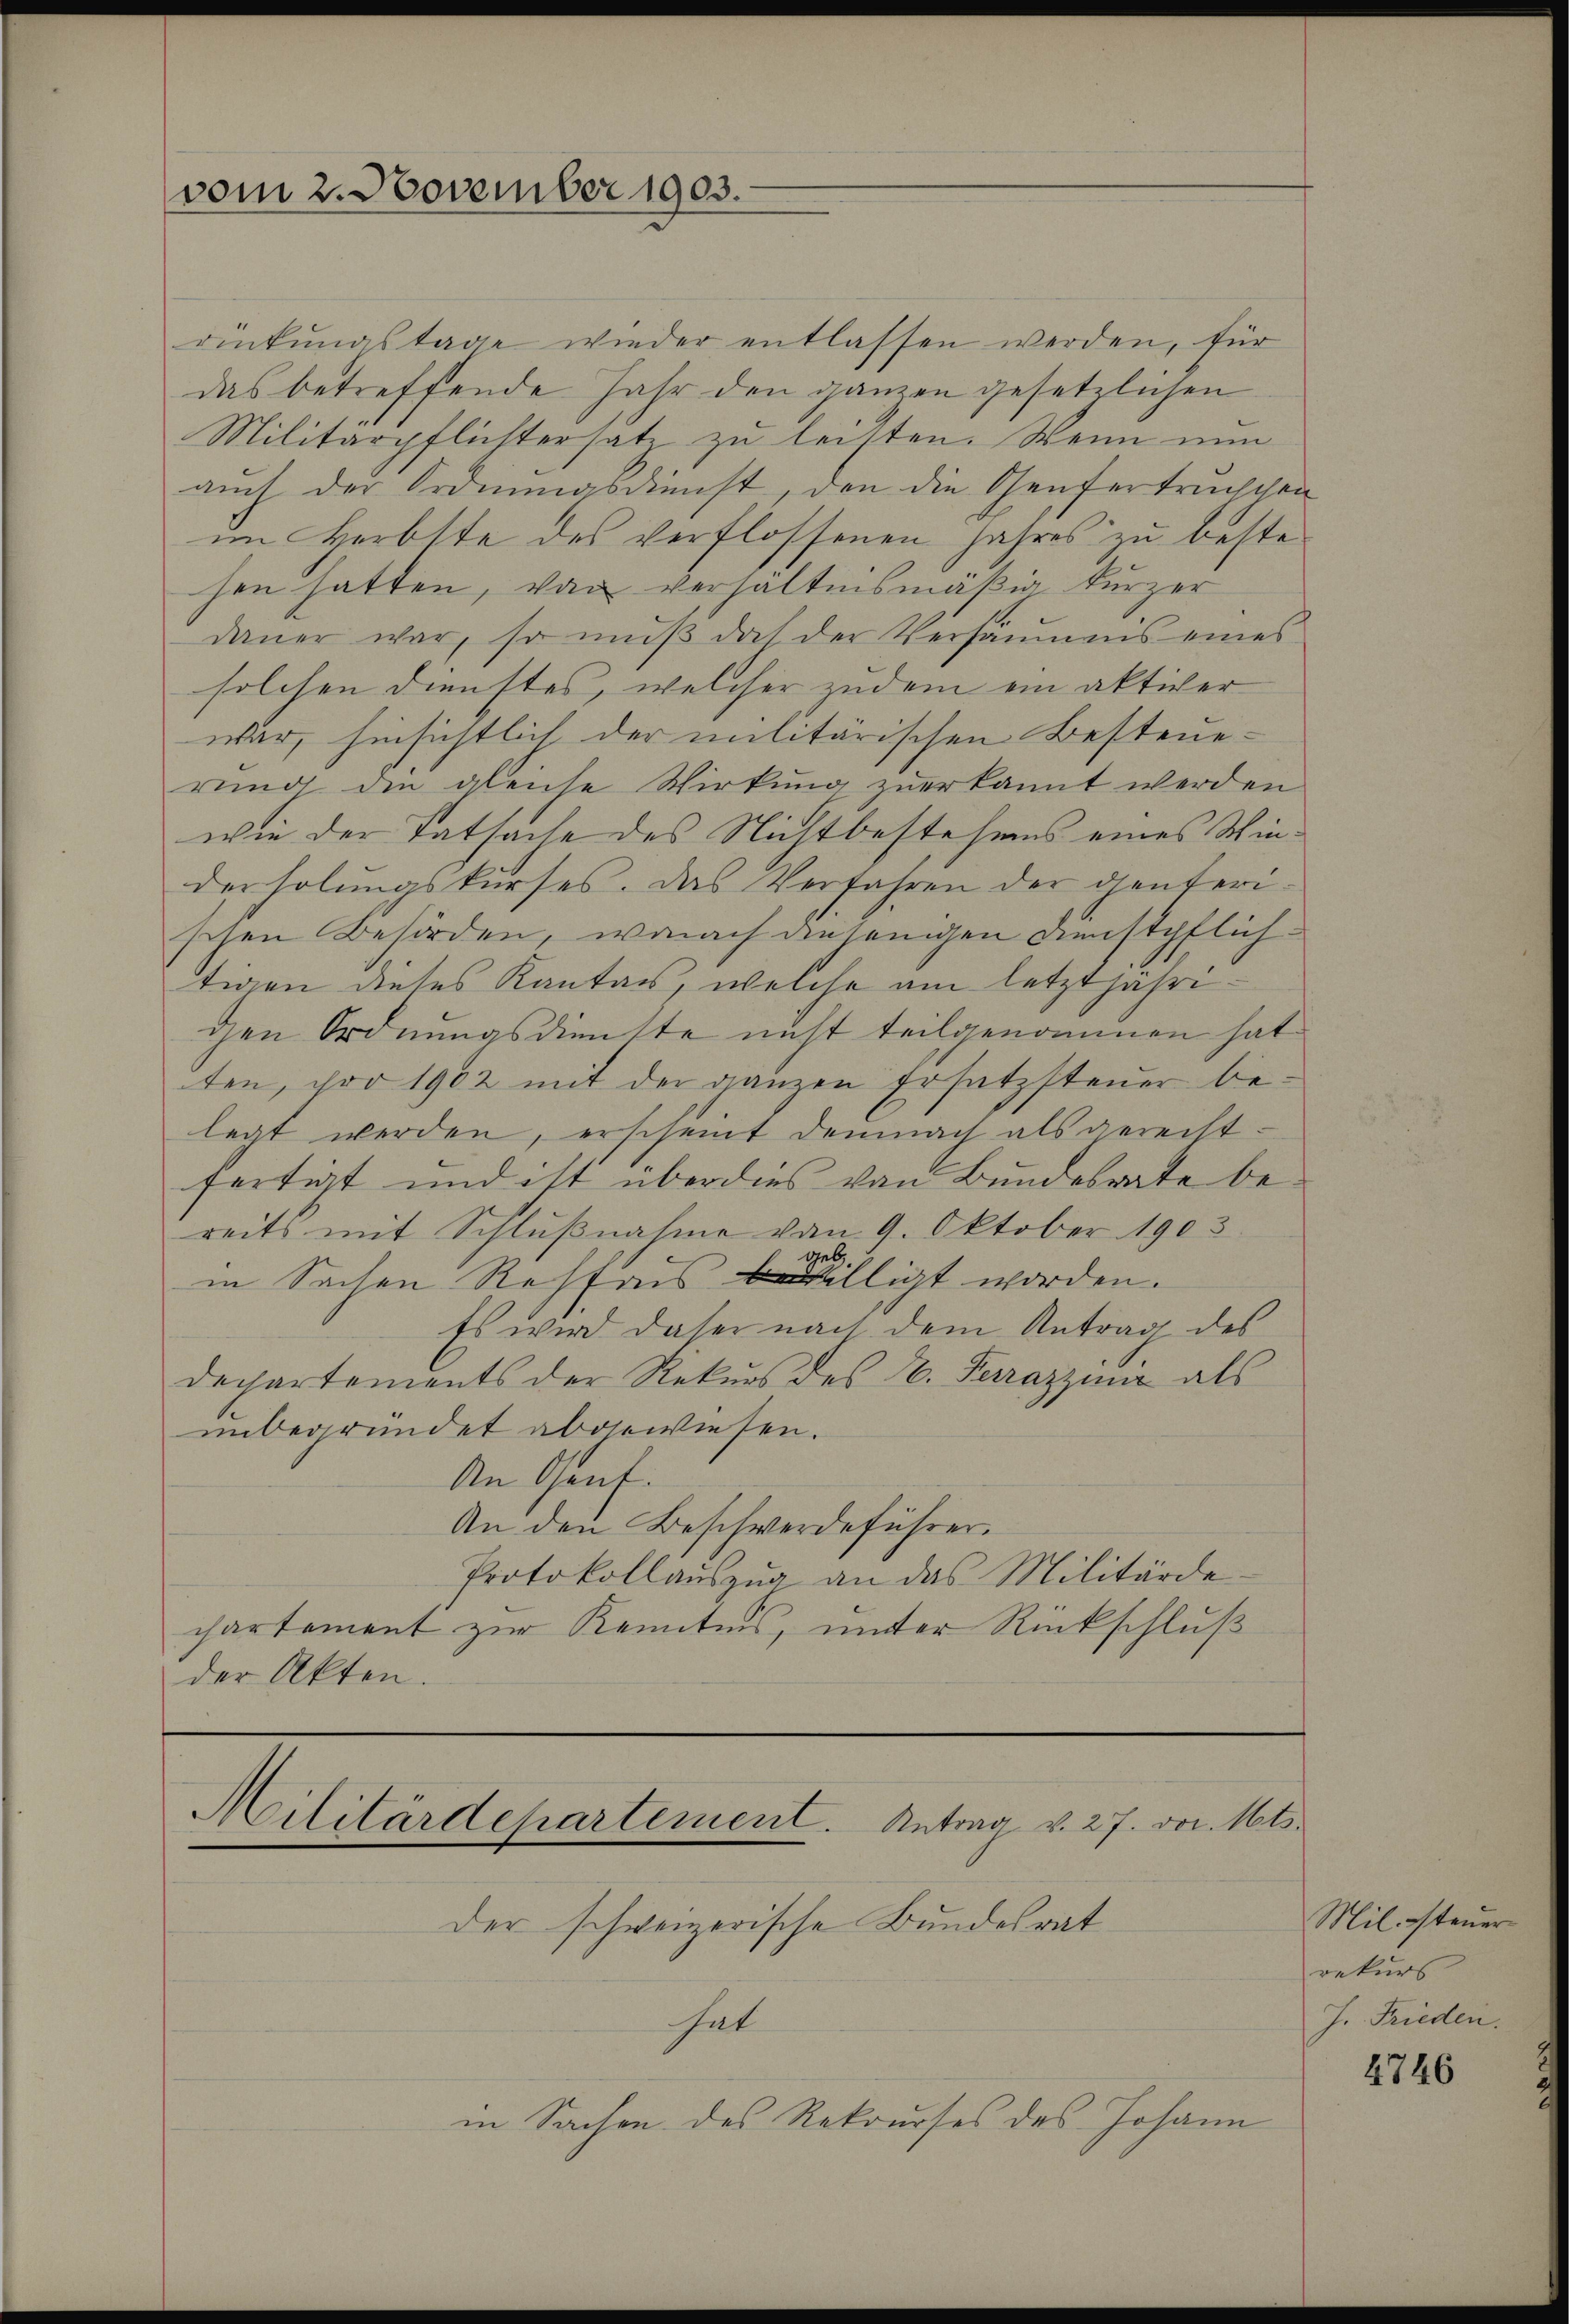
vom 2. November 1903.

rinkŭngstage wieder entlassen werden, für
das betreffende Jahr den ganzen gesetzlichen
Militärpflichtersatz zu leisten. Wenn nun
auch der Ordnungsdienst, den die Genfertrŭchchen
im Herbste des verflossenen Jahres zu bestehen hatten, von verhältnismäßig kurzer
daŭer war, so mŭβ doch der Versäumnis eines
solchen Dienstes, welcher zudem ein aktiver
war, hinsichtlich der militärischen Besteuerung die gleiche Wirkung zuerkannt werden
wie der Tatsache des Nichtbestehens eines Winderholungskurses. Das Verfahren der dienteri-
schen Behörden, wonach diejenigen Dienstpflichtigen dieses Kanton, welche am letztjährigen Ordnungsdienste nicht teilgenommen hat.
ten, pro 1902 mit der ganzen Ersatzsteuer belegt werden, erscheint demnach als gerechtfertigt und ist überdies von Bundesrate bereits mit Schlußnahme von 9. Oktober 1903.
geb
in Sachen Restres bewilligt worden.
Es wird daher nach dem Antrag des
dechartements der Rekurs des 6. Ferrazzinie als
unbegründet abgewiesen.
An Osent.
An den Beschwerdeführer
Protokollaŭszŭg an das Militärde-
chartement zur Kenntnis, unter Rückschluß
der Akten.

Militärdepartement. Antrag v. 27. vor. Mts.
der schweizerische Bundesrat

hat
in Sachen des Rekurses des Johann

Mil. steuerrekurs
J. Frieden.

4746